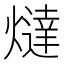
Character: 燵